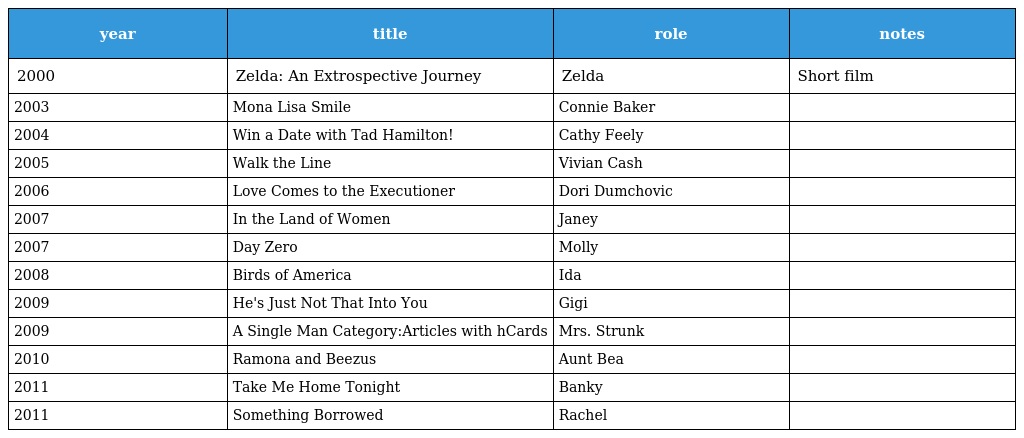
| year | title | role | notes |
 | --- | --- | --- | --- |
 | 2000 | Zelda: An Extrospective Journey | Zelda | Short film |
 | 2003 | Mona Lisa Smile | Connie Baker |  |
 | 2004 | Win a Date with Tad Hamilton! | Cathy Feely |  |
 | 2005 | Walk the Line | Vivian Cash |  |
 | 2006 | Love Comes to the Executioner | Dori Dumchovic |  |
 | 2007 | In the Land of Women | Janey |  |
 | 2007 | Day Zero | Molly |  |
 | 2008 | Birds of America | Ida |  |
 | 2009 | He's Just Not That Into You | Gigi |  |
 | 2009 | A Single Man Category:Articles with hCards | Mrs. Strunk |  |
 | 2010 | Ramona and Beezus | Aunt Bea |  |
 | 2011 | Take Me Home Tonight | Banky |  |
 | 2011 | Something Borrowed | Rachel |  |